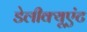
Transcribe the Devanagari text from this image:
डेलीक्यूएंट